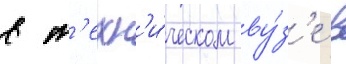
в т'ехн'и́ческом ву́з'е в